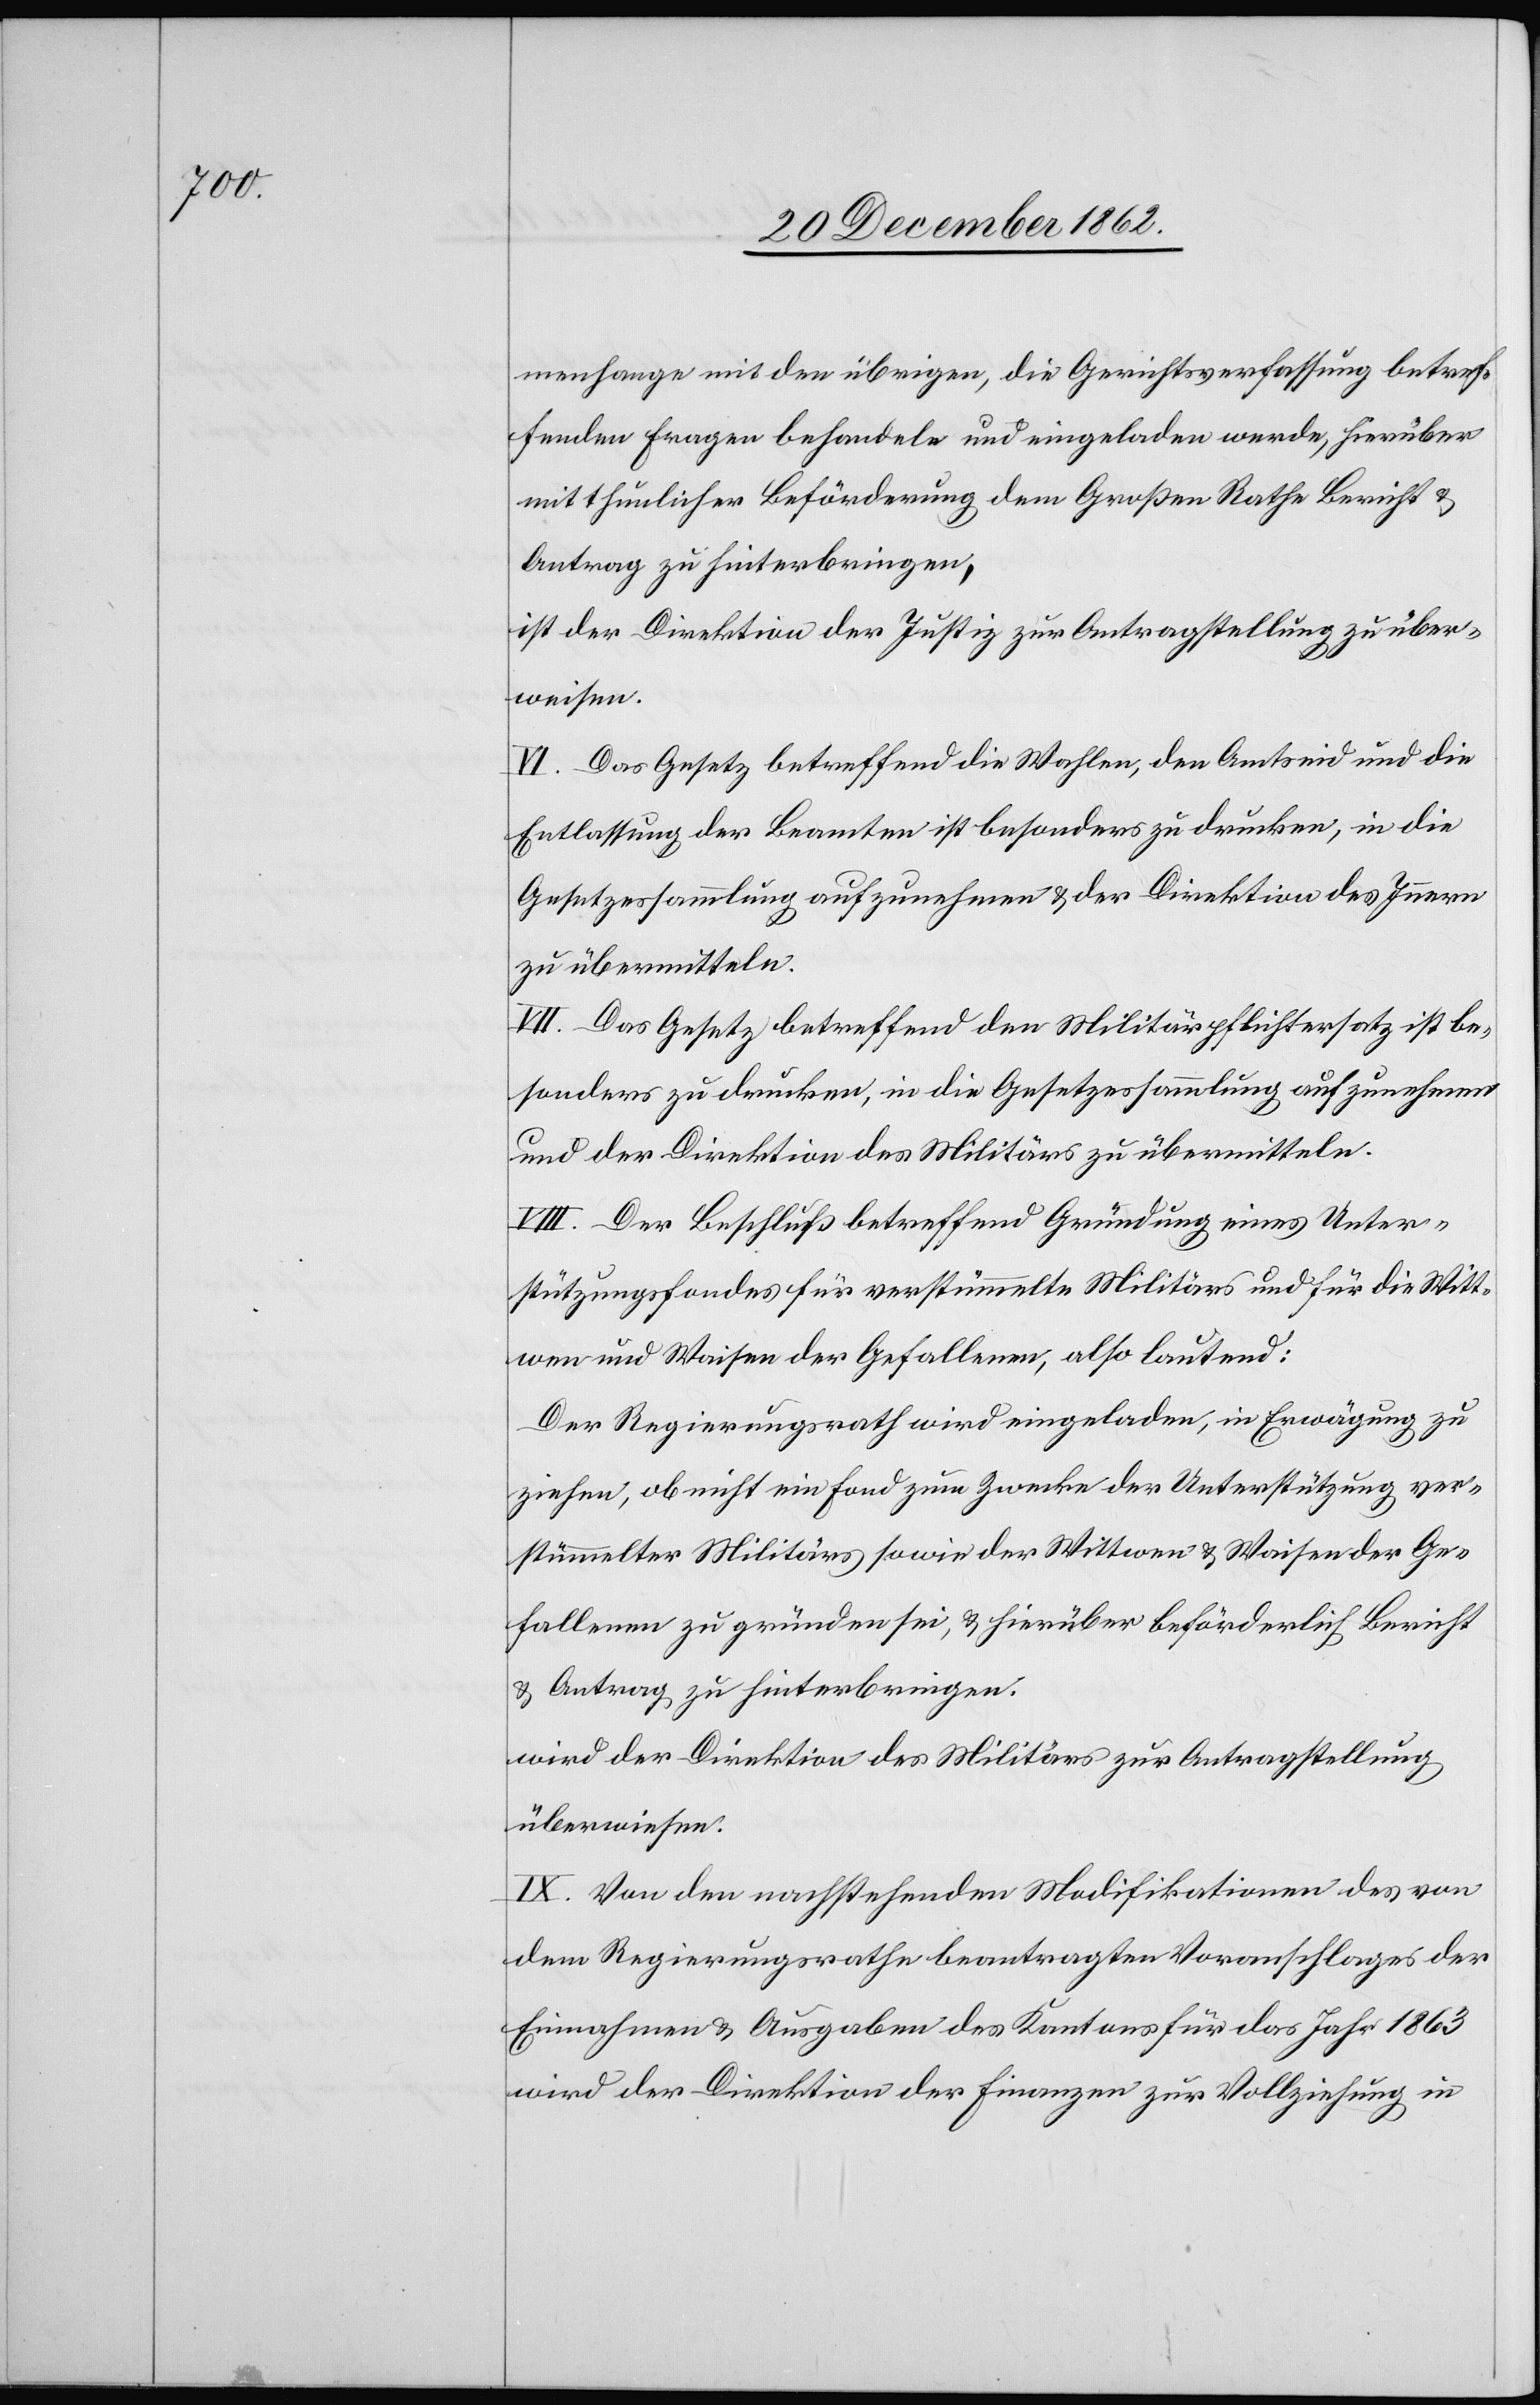
menhange mit den übrigen, die Gerichtsverfassung betref¬
fenden Fragen behandeln und eingeladen werde, hierüber
mit thunlicher Beförderung dem Großen Rathe Bericht u.
Antrag zu hinterbringen,
ist der Direktion der Justiz zur Antragstellung zu über¬
weisen.
VI. Das Gesetz betreffend die Wahlen, den Amtseid und die
Entlassung der Beamten ist besonders zu drucken, in die
Gesetzessammlung aufzunehmen u. der Direktion des Innern
zu übermitteln.
VII. Das Gesetz betreffend den Militärpflichtersatz ist be¬
sonders zu drucken, in die Gesetzessammlung aufzunehmen
und der Direktion des Militärs zu übermitteln.
VIII. Der Beschluß betreffend Gründung eines Unter¬
stützungsfondes für verstümmelte Militärs und für Witt¬
wen und Waisen der Gefallenen, also lautend:
Der Regierungsrath wird eingeladen, in Erwägung zu
ziehen, ob nicht ein Fond zum Zwecke der Unterstützung ver¬
stümmelter Militärs sowie der Wittwen u. Waisen der Ge¬
fallenen zu gründen sei, u. hierüber beförderlich Bericht
u. Antrag zu hinterbringen.
wird der Direktion des Militärs zur Antragstellung
überwiesen.
IX. Von den nachstehenden Modifikationen des von
dem Regierungsrathe beantragten Voranschlages der
Einnahmen u. Ausgaben des Kantons für das Jahr 1863
wird der Direktion der Finanzen zur Vollziehung in